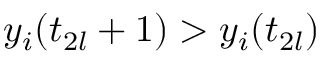
y _ { i } ( t _ { 2 l } + 1 ) > y _ { i } ( t _ { 2 l } )